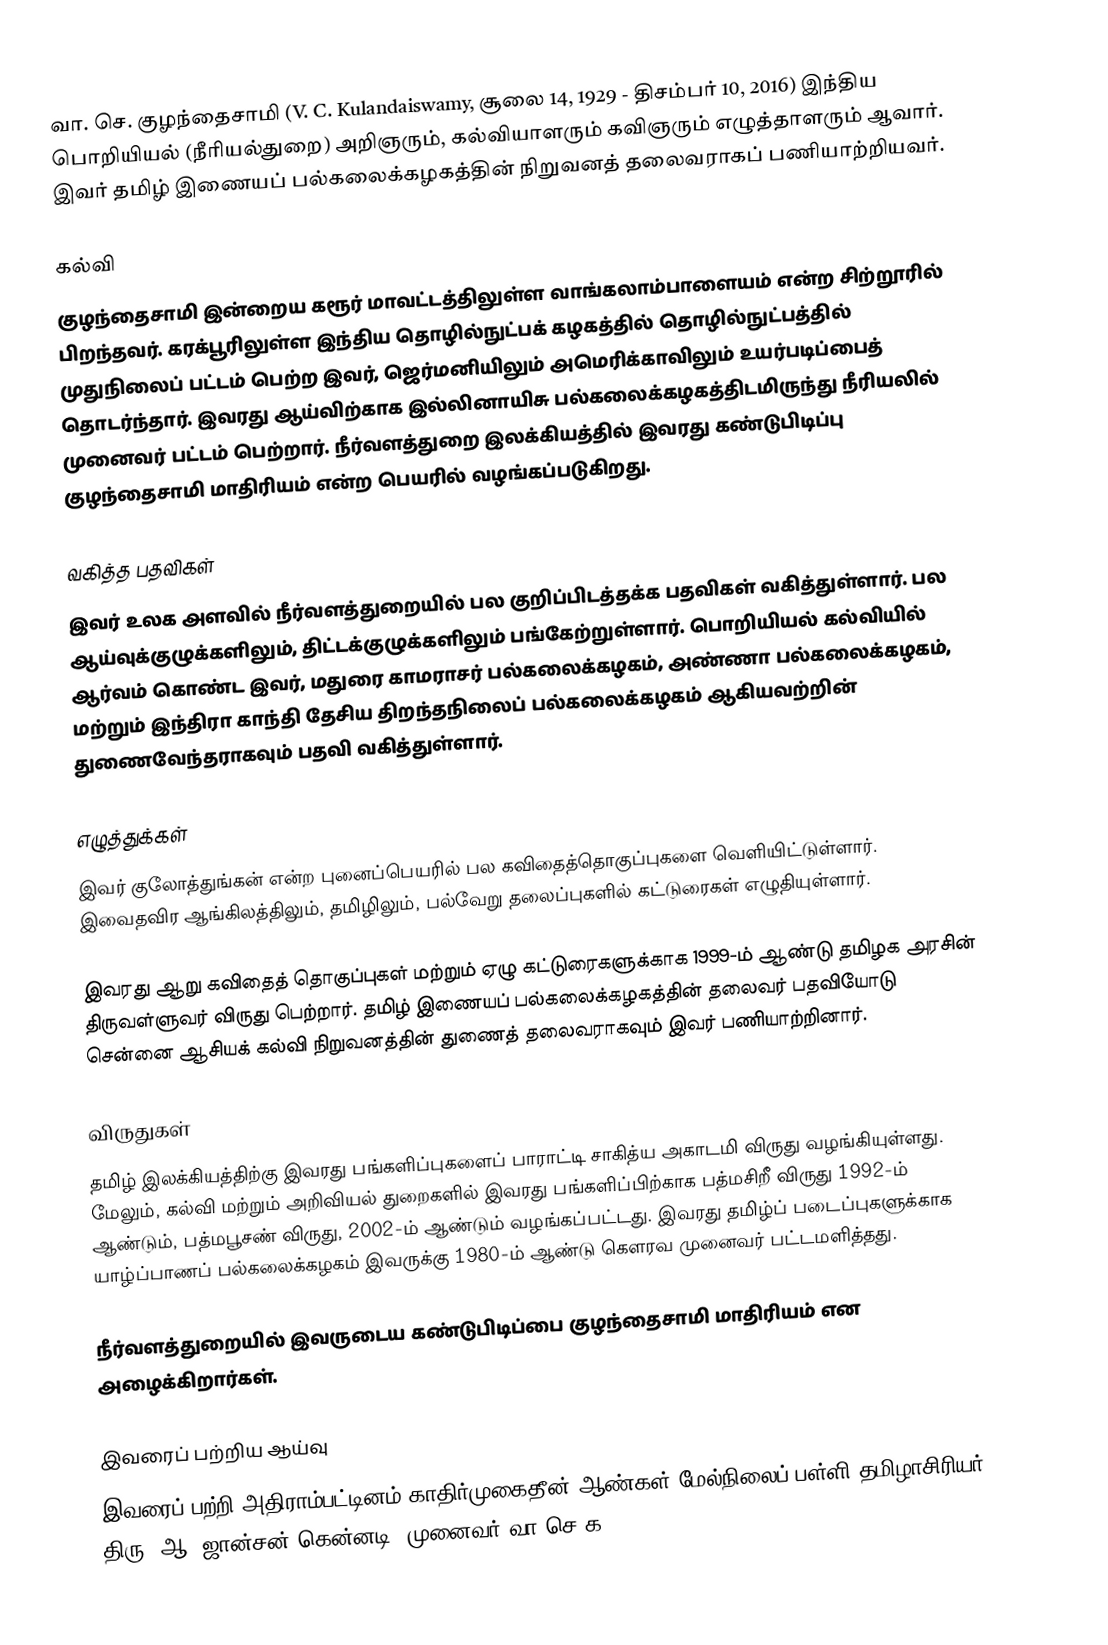
வா. செ. குழந்தைசாமி (V. C. Kulandaiswamy, சூலை 14, 1929 - திசம்பர் 10, 2016) இந்திய பொறியியல் (நீரியல்துறை) அறிஞரும், கல்வியாளரும் கவிஞரும் எழுத்தாளரும் ஆவார். இவர் தமிழ் இணையப் பல்கலைக்கழகத்தின் நிறுவனத் தலைவராகப் பணியாற்றியவர்.

கல்வி
குழந்தைசாமி இன்றைய கரூர் மாவட்டத்திலுள்ள வாங்கலாம்பாளையம் என்ற சிற்றூரில் பிறந்தவர். கரக்பூரிலுள்ள இந்திய தொழில்நுட்பக் கழகத்தில் தொழில்நுட்பத்தில் முதுநிலைப் பட்டம் பெற்ற இவர், ஜெர்மனியிலும் அமெரிக்காவிலும் உயர்படிப்பைத் தொடர்ந்தார். இவரது ஆய்விற்காக இல்லினாயிசு பல்கலைக்கழகத்திடமிருந்து நீரியலில் முனைவர் பட்டம் பெற்றார். நீர்வளத்துறை இலக்கியத்தில் இவரது கண்டுபிடிப்பு குழந்தைசாமி மாதிரியம் என்ற பெயரில் வழங்கப்படுகிறது.

வகித்த பதவிகள்
இவர் உலக அளவில் நீர்வளத்துறையில் பல குறிப்பிடத்தக்க பதவிகள் வகித்துள்ளார். பல ஆய்வுக்குழுக்களிலும், திட்டக்குழுக்களிலும் பங்கேற்றுள்ளார். பொறியியல் கல்வியில் ஆர்வம் கொண்ட இவர், மதுரை காமராசர் பல்கலைக்கழகம், அண்ணா பல்கலைக்கழகம், மற்றும் இந்திரா காந்தி தேசிய திறந்தநிலைப் பல்கலைக்கழகம் ஆகியவற்றின் துணைவேந்தராகவும் பதவி வகித்துள்ளார்.

எழுத்துக்கள்
இவர் குலோத்துங்கன் என்ற புனைப்பெயரில் பல கவிதைத்தொகுப்புகளை வெளியிட்டுள்ளார். இவைதவிர ஆங்கிலத்திலும், தமிழிலும், பல்வேறு தலைப்புகளில் கட்டுரைகள் எழுதியுள்ளார்.

இவரது ஆறு கவிதைத் தொகுப்புகள் மற்றும் ஏழு கட்டுரைகளுக்காக 1999-ம் ஆண்டு தமிழக அரசின் திருவள்ளுவர் விருது பெற்றார். தமிழ் இணையப் பல்கலைக்கழகத்தின் தலைவர் பதவியோடு சென்னை ஆசியக் கல்வி நிறுவனத்தின் துணைத் தலைவராகவும் இவர் பணியாற்றினார்.

விருதுகள்
தமிழ் இலக்கியத்திற்கு இவரது பங்களிப்புகளைப் பாராட்டி சாகித்ய அகாடமி விருது வழங்கியுள்ளது. மேலும், கல்வி மற்றும் அறிவியல் துறைகளில் இவரது பங்களிப்பிற்காக பத்மசிறீ விருது 1992-ம் ஆண்டும், பத்மபூசண் விருது,  2002-ம் ஆண்டும் வழங்கப்பட்டது. இவரது தமிழ்ப் படைப்புகளுக்காக யாழ்ப்பாணப் பல்கலைக்கழகம் இவருக்கு 1980-ம் ஆண்டு கௌரவ முனைவர் பட்டமளித்தது.

நீர்வளத்துறையில் இவருடைய கண்டுபிடிப்பை குழந்தைசாமி மாதிரியம் என அழைக்கிறார்கள்.

இவரைப் பற்றிய ஆய்வு
இவரைப் பற்றி அதிராம்பட்டினம் காதிர்முகைதீன் ஆண்கள் மேல்நிலைப் பள்ளி தமிழாசிரியர் திரு. ஆ. ஜான்சன் கென்னடி "முனைவர் வா.செ.க